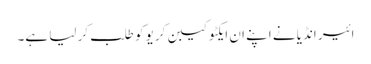
ائیر انڈیا نے اپنے ان ایکٹو کیبن کریو کو طلب کر لیا ہے۔